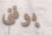
بوقتي